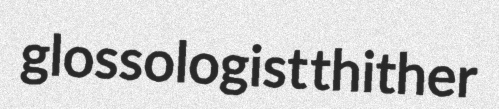
glossologist thither